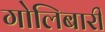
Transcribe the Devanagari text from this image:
गोलिबारी